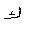
Letter: _kaf